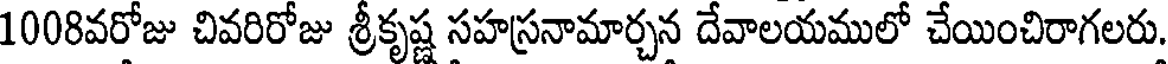
1008వరోజు చివరిరోజు శ్రీకృష్ణ సహస్రనామార్చన దేవాలయములో చేయించిరాగలరు.